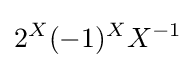
2^{X}(-1)^{X}X^{-1}